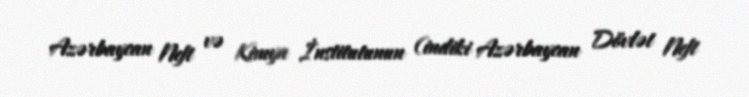
Azərbaycan Neft və Kimya İnstitutunun (indiki Azərbaycan Dövlət Neft